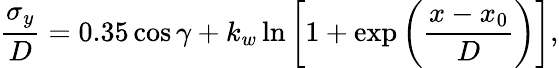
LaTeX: \frac{\sigma_{y}}{D}=0.35\cos{\gamma}+k_{w}\ln{\left[1+\exp\left(\frac{x-x_{0}}{D}\right)\right]},